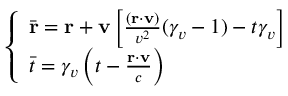
\left\{ \begin{array} { l l } { \bar { \mathbf { r } } = \mathbf { r } + \mathbf { v } \left[ \frac { ( \mathbf { r } \cdot \mathbf { v } ) } { v ^ { 2 } } ( \gamma _ { v } - 1 ) - t \gamma _ { v } \right] } \\ { \bar { t } = \gamma _ { v } \left( t - \frac { \mathbf { r } \cdot \mathbf { v } } { c } \right) } \end{array} \right.